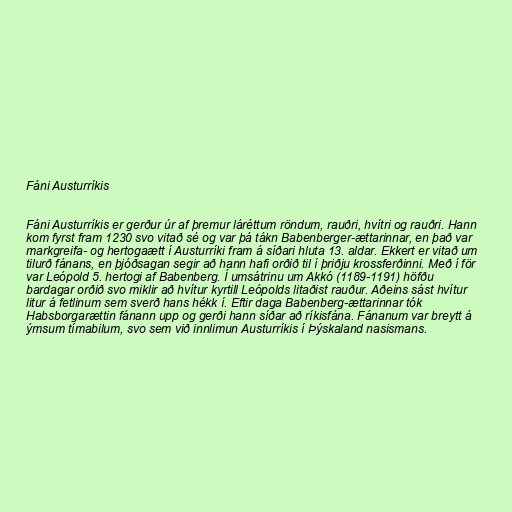
Fáni Austurríkis

Fáni Austurríkis er gerður úr af þremur láréttum röndum, rauðri, hvítri og rauðri. Hann
kom fyrst fram 1230 svo vitað sé og var þá tákn Babenberger-ættarinnar, en það var
markgreifa- og hertogaætt í Austurríki fram á síðari hluta 13. aldar. Ekkert er vitað um
tilurð fánans, en þjóðsagan segir að hann hafi orðið til í þriðju krossferðinni. Með í för
var Leópold 5. hertogi af Babenberg. Í umsátrinu um Akkó (1189-1191) höfðu
bardagar orðið svo miklir að hvítur kyrtill Leópolds litaðist rauður. Aðeins sást hvítur
litur á fetlinum sem sverð hans hékk í. Eftir daga Babenberg-ættarinnar tók
Habsborgarættin fánann upp og gerði hann síðar að ríkisfána. Fánanum var breytt á
ýmsum tímabilum, svo sem við innlimun Austurríkis í Þýskaland nasismans.